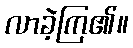
လာခဲ့ကြ၏။